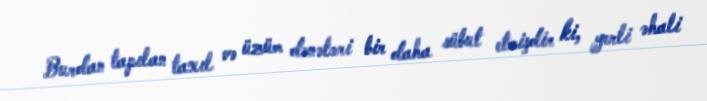
Burdan tapılan taxıl və üzüm dənələri bir daha sübut etmişdir ki, yerli əhali